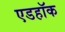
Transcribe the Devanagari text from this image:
एडहॉक